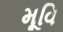
મૂવિ